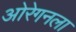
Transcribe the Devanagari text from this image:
ओरेगनला